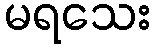
မရသေး